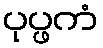
ပုပ္ဖကံ